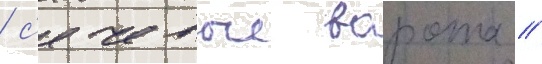
/ с'ечевые ворота /